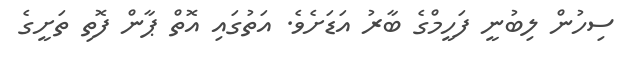
ސިހުން ލިބުނީ ފަހީމްގެ ބާރު އަޑަށެވެ. އަތުގައި އޮތް ޕާން ފޮތި ތަށީގެ